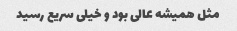
مثل همیشه عالی بود و خیلی سریع رسید